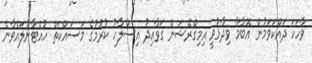
ވާހަކަ ދައްކަވަމުން އޮބާމާ ވިދާޅުވީ އިމިގްރޭޝަން ގަވާއިދު އިސްލާހު ކުރުމުގެ މަސައްކަތް ހުއްޓާނުލައްވާނެ